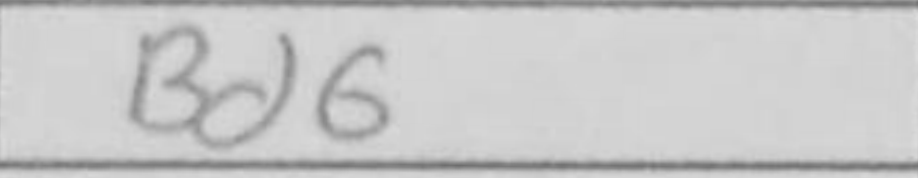
Transcription: Bd6